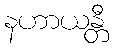
နဟာယန္တီ